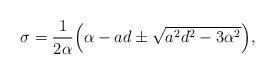
LaTeX: \begin{align*} \sigma= \frac{1}{2\alpha}\Big(\alpha -ad \pm \sqrt{a^2d^2 -3\alpha^2}\Big), \end{align*}